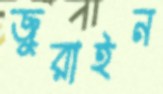
জুরাইন